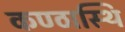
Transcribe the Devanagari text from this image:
कण्ठास्थि